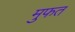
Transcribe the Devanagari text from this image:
मुफत